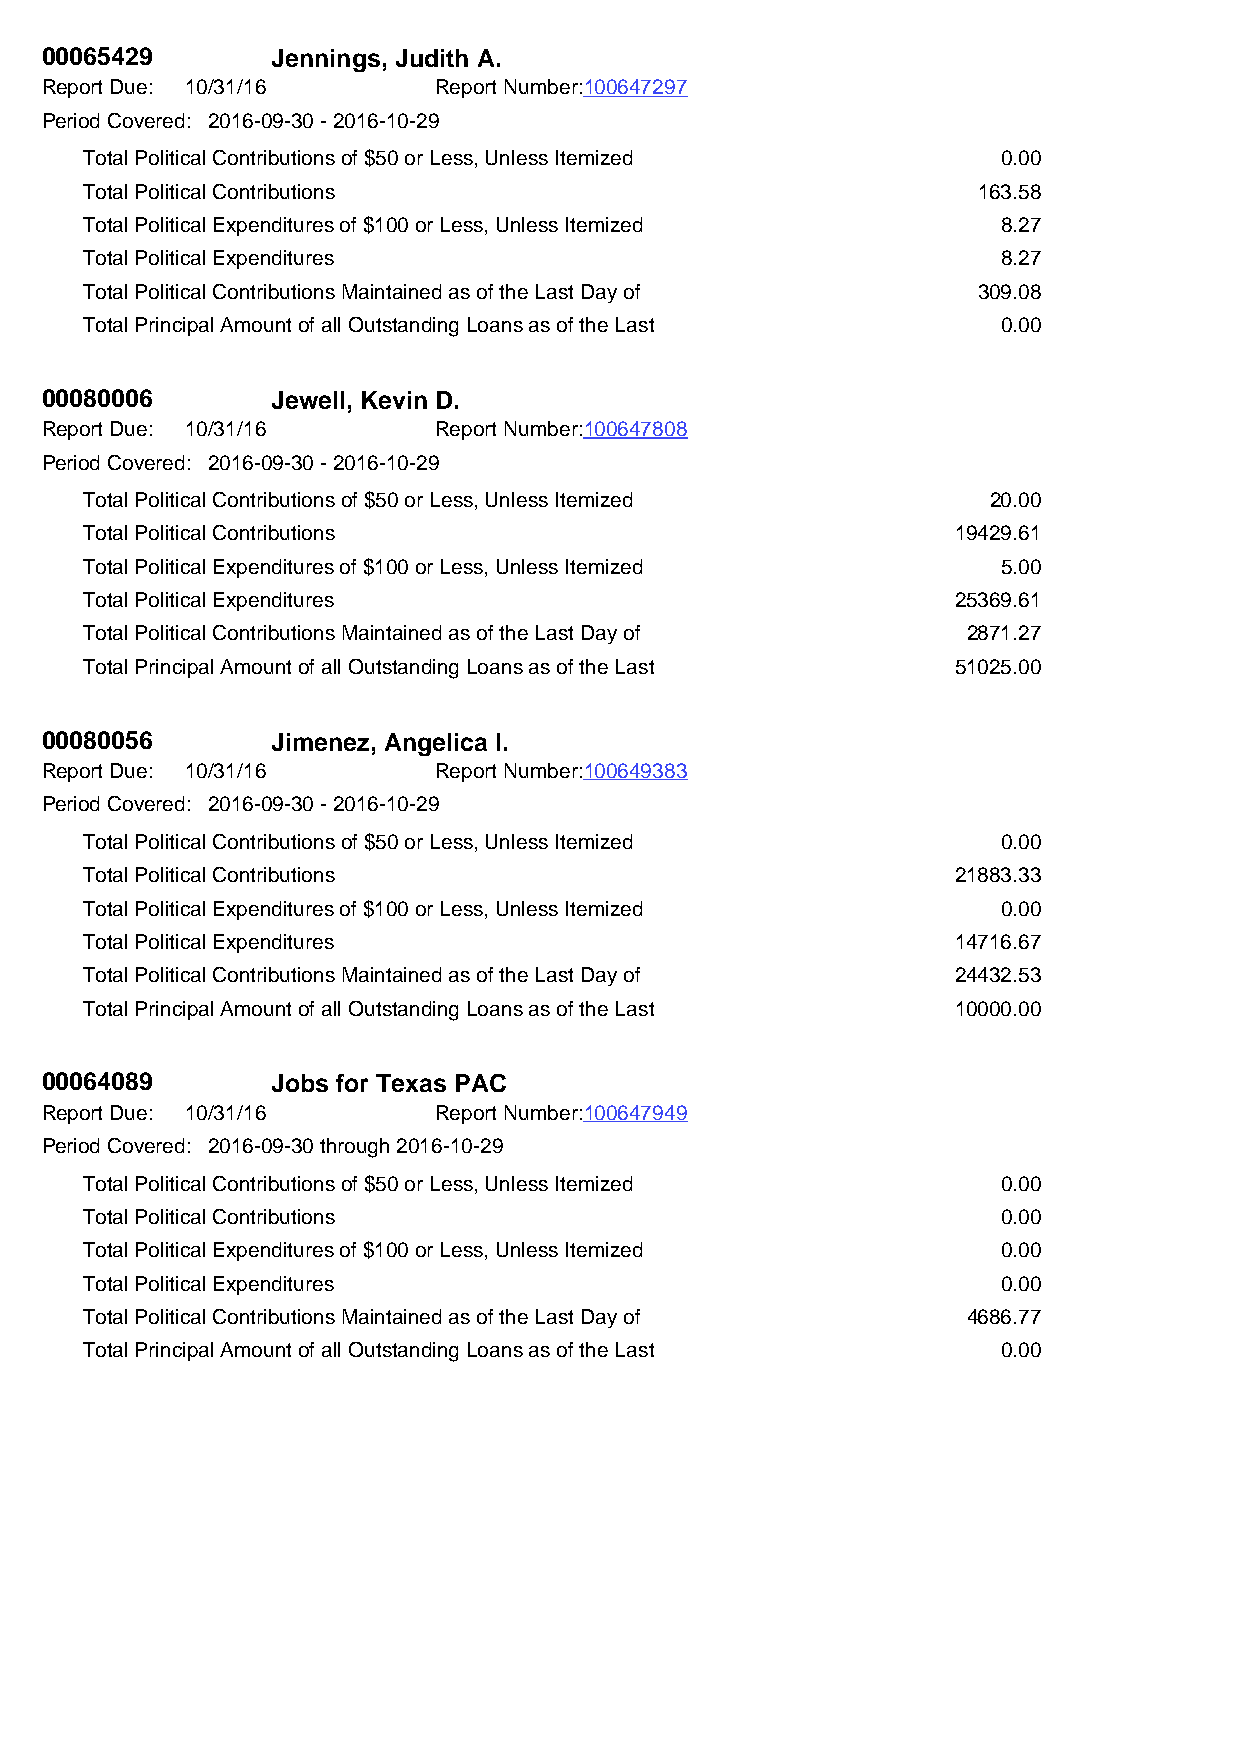
00065429       Jennings, Judith A.
 Report Due: 10/31/16      Report Number:100647297
 Period Covered: 2016-09-30 - 2016-10-29
 Total Political Contributions of $50 or Less, Unless Itemized 0.00
 Total Political Contributions                              163.58
 Total Political Expenditures of $100 or Less, Unless Itemized 8.27
 Total Political Expenditures                                8.27
 Total Political Contributions Maintained as of the Last Day of 309.08
 Total Principal Amount of all Outstanding Loans as of the Last 0.00
 00080006       Jewell, Kevin D.
 Report Due: 10/31/16      Report Number:100647808
 Period Covered: 2016-09-30 - 2016-10-29
 Total Political Contributions of $50 or Less, Unless Itemized 20.00
 Total Political Contributions                            19429.61
 Total Political Expenditures of $100 or Less, Unless Itemized 5.00
 Total Political Expenditures                             25369.61
 Total Political Contributions Maintained as of the Last Day of 2871.27
 Total Principal Amount of all Outstanding Loans as of the Last 51025.00
 00080056       Jimenez, Angelica I.
 Report Due: 10/31/16      Report Number:100649383
 Period Covered: 2016-09-30 - 2016-10-29
 Total Political Contributions of $50 or Less, Unless Itemized 0.00
 Total Political Contributions                            21883.33
 Total Political Expenditures of $100 or Less, Unless Itemized 0.00
 Total Political Expenditures                             14716.67
 Total Political Contributions Maintained as of the Last Day of 24432.53
 Total Principal Amount of all Outstanding Loans as of the Last 10000.00
 00064089       Jobs for Texas PAC
 Report Due: 10/31/16      Report Number:100647949
 Period Covered: 2016-09-30 through 2016-10-29
 Total Political Contributions of $50 or Less, Unless Itemized 0.00
 Total Political Contributions                               0.00
 Total Political Expenditures of $100 or Less, Unless Itemized 0.00
 Total Political Expenditures                                0.00
 Total Political Contributions Maintained as of the Last Day of 4686.77
 Total Principal Amount of all Outstanding Loans as of the Last 0.00